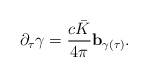
\begin{align*}\partial_\tau \gamma=\frac{c\bar{K}}{4\pi}\mathbf{b}_{\gamma(\tau)}.\end{align*}